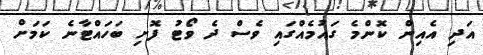
އަދި އެއިން ކޮންމެ ގައުމެއްގައި ވެސް ދެ ވޯޓު ފޮށި ބަހައްޓާނެ ކަމަށް